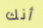
أنك